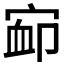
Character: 𰍃